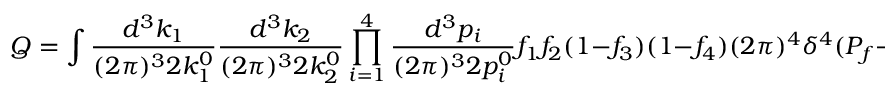
Q = \int { \frac { d ^ { 3 } k _ { 1 } } { ( 2 \pi ) ^ { 3 } 2 k _ { 1 } ^ { 0 } } } { \frac { d ^ { 3 } k _ { 2 } } { ( 2 \pi ) ^ { 3 } 2 k _ { 2 } ^ { 0 } } } \prod _ { i = 1 } ^ { 4 } { \frac { d ^ { 3 } p _ { i } } { ( 2 \pi ) ^ { 3 } 2 p _ { i } ^ { 0 } } } f _ { 1 } f _ { 2 } ( 1 - f _ { 3 } ) ( 1 - f _ { 4 } ) ( 2 \pi ) ^ { 4 } \delta ^ { 4 } ( P _ { f } - P _ { i } ) \sum _ { s p i n s } \mid M _ { f i } \mid ^ { 2 } ( k _ { 1 } ^ { 0 } + k _ { 2 } ^ { 0 } )